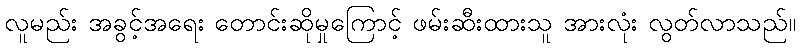
လူမည်း အခွင့်အရေး တောင်းဆိုမှုကြောင့် ဖမ်းဆီးထားသူ အားလုံး လွတ်လာသည်။